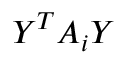
Y ^ { T } A _ { i } Y